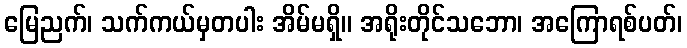
မြေညက်၊ သက်ကယ်မှတပါး အိမ်မရှိ။ အရိုးတိုင်သဘော၊ အကြောရစ်ပတ်၊